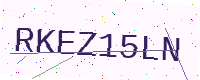
Text: RKEZ15LN